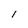
Character: l